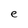
Character: e